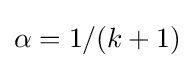
\alpha =1/(k+1)